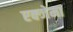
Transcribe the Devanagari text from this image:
एक्जेमा